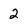
Character: 2